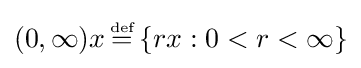
(0,\infty )x\,{\stackrel {\scriptscriptstyle {\text{def}}}{=}}\,\{rx:0<r<\infty \}